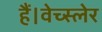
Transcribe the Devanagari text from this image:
हैं।वेच्स्लेर